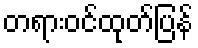
တရားဝင်ထုတ်ပြန်